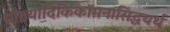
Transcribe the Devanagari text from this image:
सौख्यादिकिकामनासिद्धयर्थ